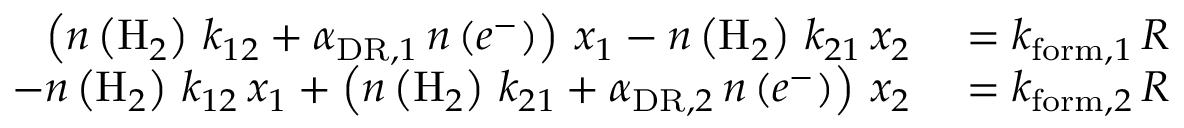
\begin{array} { r l } { \left( n \left( \mathrm { H } _ { 2 } \right) \, k _ { 1 2 } + \alpha _ { \mathrm { D R } , 1 } \, n \left( e ^ { - } \right) \right) \, x _ { 1 } - n \left( \mathrm { H } _ { 2 } \right) \, k _ { 2 1 } \, x _ { 2 } } & { { } = k _ { \mathrm { f o r m } , 1 } \, R } \\ { - n \left( \mathrm { H } _ { 2 } \right) \, k _ { 1 2 } \, x _ { 1 } + \left( n \left( \mathrm { H } _ { 2 } \right) \, k _ { 2 1 } + \alpha _ { \mathrm { D R } , 2 } \, n \left( e ^ { - } \right) \right) \, x _ { 2 } } & { { } = k _ { \mathrm { f o r m } , 2 } \, R } \end{array}